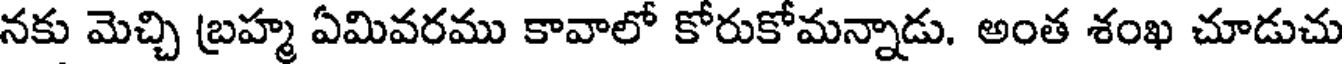
నకు మెచ్చి బ్రహ్మ ఏమివరము కావాలో కోరుకోమన్నాడు. అంత శంఖ చూడుచు